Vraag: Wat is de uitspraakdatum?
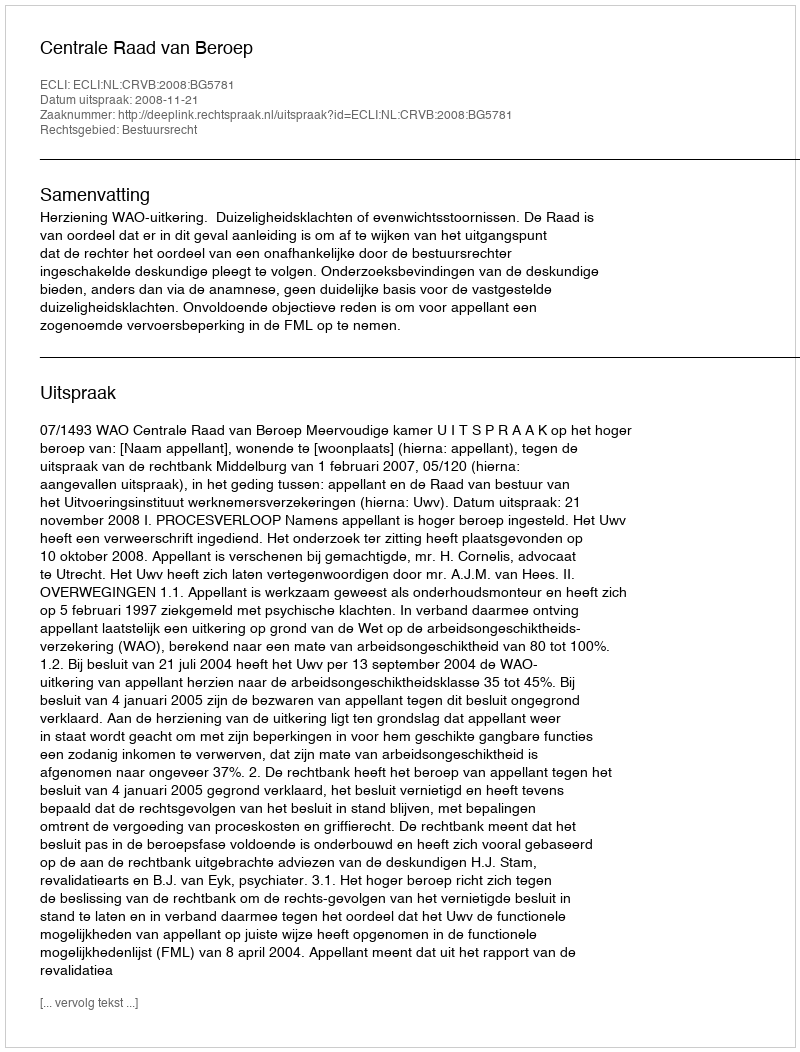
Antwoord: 2008-11-21